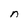
Character: n